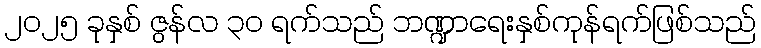
၂၀၂၅ ခုနှစ် ဇွန်လ ၃၀ ရက်သည် ဘဏ္ဍာရေးနှစ်ကုန်ရက်ဖြစ်သည်